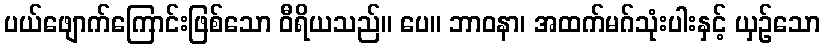
ပယ်ဖျောက်ကြောင်းဖြစ်သော ဝီရိယသည်။ ပေ။ ဘာဝနာ၊ အထက်မဂ်သုံးပါးနှင့် ယှဉ်သော